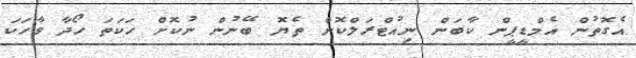
އެގޮތުން އެމްޑީޕީން ކާބަން ނިއުޓްރަލްކޮށް ތެޔޮ ބޭނުން ނުކޮށް ހަކަތަ ހޯދާ ވާހަކަ